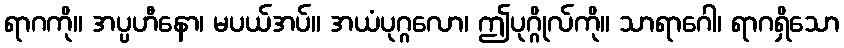
ရာဂကို။ အပ္ပဟီနော၊ မပယ်အပ်။ အယံပုဂ္ဂလော၊ ဤပုဂ္ဂိုလ်ကို။ သာရာဂေါ၊ ရာဂရှိသော